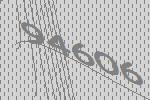
94606